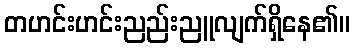
တဟင်းဟင်းညည်းညူလျက်ရှိနေ၏။